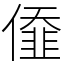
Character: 𠎷